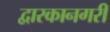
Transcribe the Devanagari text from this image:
द्वारकानगरी